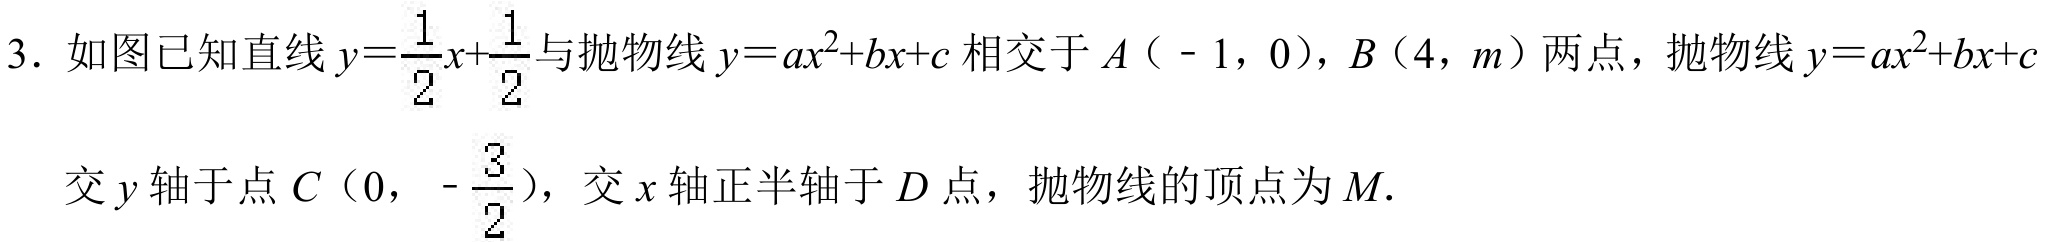
3. 如图已知直线\(y = \frac{1}{2}x+\frac{1}{2}\)与抛物线\(y = ax^{2}+bx + c\)相交于\(A\)（\(-1\)，\(0\)），\(B\)（\(4\)，\(m\)）两点，抛物线\(y = ax^{2}+bx + c\)
交\(y\)轴于点\(C\)（\(0\)，\(-\frac{3}{2}\)），交\(x\)轴正半轴于\(D\)点，抛物线的顶点为\(M\).